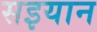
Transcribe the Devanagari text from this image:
सइयान